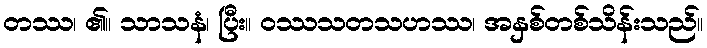
တဿ၊ ၏။ သာသနံ၊ ပြီး။ ဝဿသတသဟဿ၊ အနှစ်တစ်သိန်းသည်။